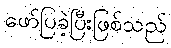
ဖော်ပြခဲ့ပြီးဖြစ်သည်